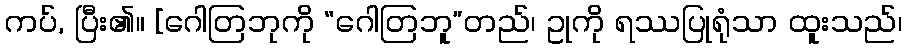
ကပ်, ပြီး၏။ [ဂေါတြဘုကို “ဂေါတြဘူ”တည်၊ ဥုကို ရဿပြုရုံသာ ထူးသည်၊